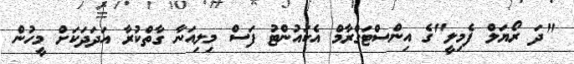
"ދަ ރޯޔަލް ފެމިލީ"ގެ އިންސްޓަގްރާމް އެކައުންޓު ފަސް މިލިއަނާ ގާތްކުރާ އަދަދަކަށް މީހުން